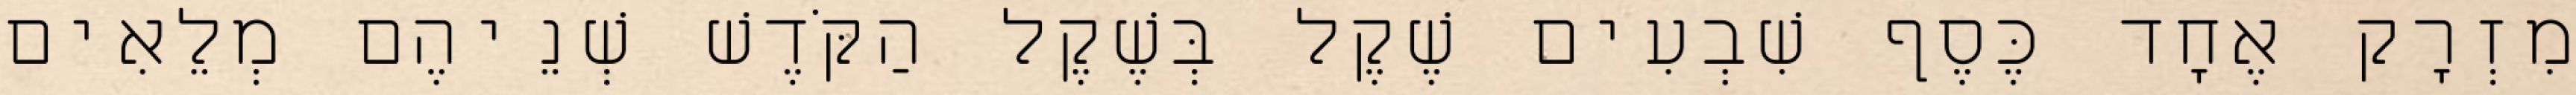
מִזְרָק אֶחָד כֶּסֶף שִׁבְעִים שֶׁקֶל בְּשֶׁקֶל הַקֹּדֶשׁ שְׁנֵיהֶם מְלֵאִים